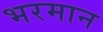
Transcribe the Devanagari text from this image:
भरमान